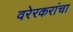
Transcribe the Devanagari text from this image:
वरेरकरांचा